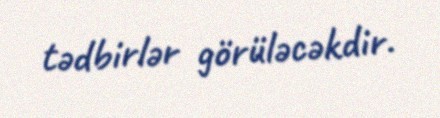
tədbirlər görüləcəkdir.